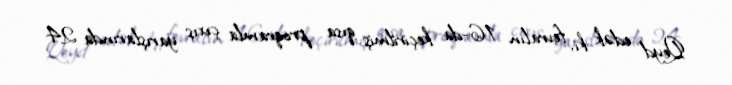
Qeyd edək ki, fevralın 16-da keçirilmiş qısa proqramla çıxış yarışlarında 24